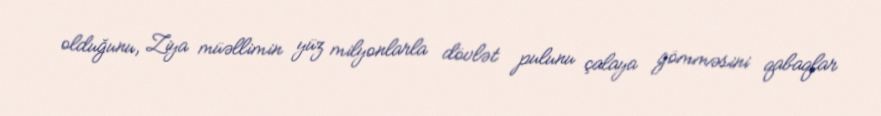
olduğunu, Ziya müəllimin yüz milyonlarla dövlət pulunu çalaya gömməsini qabaqlar